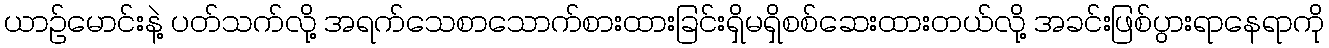
ယာဉ်မောင်းနဲ့ ပတ်သက်လို့ အရက်သေစာသောက်စားထားခြင်းရှိမရှိစစ်ဆေးထားတယ်လို့ အခင်းဖြစ်ပွားရာနေရာကို